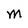
Character: M